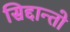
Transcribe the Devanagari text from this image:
सिद्दान्तो